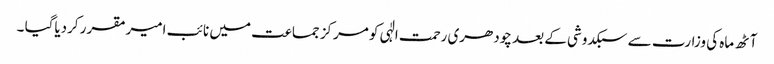
آٹھ ماہ کی وزارت سے سبکدوشی کے بعد چودھری رحمت الٰہی کو مرکز جماعت میں نائب امیرمقرر کردیاگیا ۔